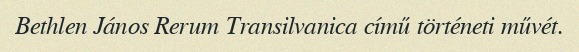
Bethlen János Rerum Transilvanica című történeti művét.